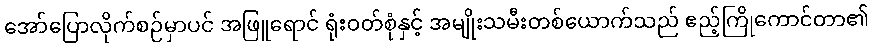
အော်ပြောလိုက်စဉ်မှာပင် အဖြူရောင် ရုံးဝတ်စုံနှင့် အမျိုးသမီးတစ်ယောက်သည် ဧည့်ကြိုကောင်တာ၏